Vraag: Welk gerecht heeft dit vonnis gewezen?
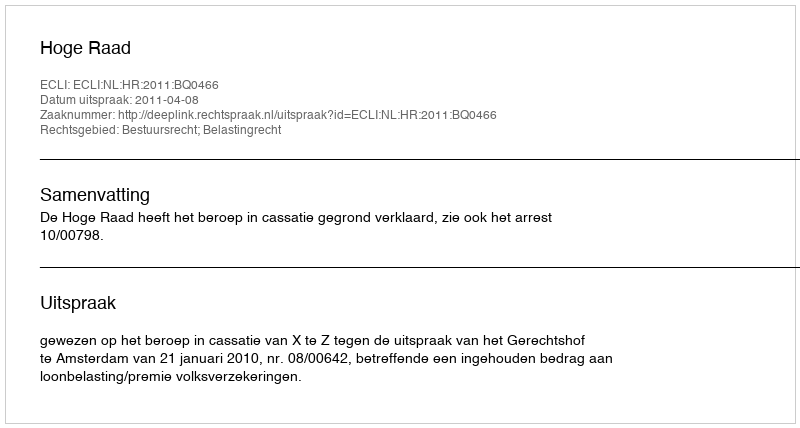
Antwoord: Hoge Raad